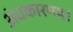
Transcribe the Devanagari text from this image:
अंधकारमय।